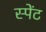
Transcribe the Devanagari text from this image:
स्पेंट